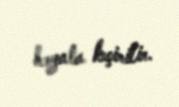
həyata keçirilir.